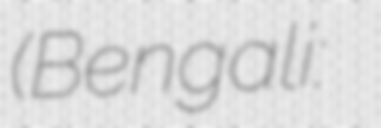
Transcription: (Bengali: নওগাঁ